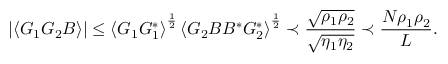
\left| \left\langle { G _ { 1 } G _ { 2 } B } \right\rangle \right| \le \left\langle { G _ { 1 } G _ { 1 } ^ { * } } \right\rangle ^ { \frac { 1 } { 2 } } \left\langle { G _ { 2 } B B ^ { * } G _ { 2 } ^ { * } } \right\rangle ^ { \frac { 1 } { 2 } } \prec \frac { \sqrt { \rho _ { 1 } \rho _ { 2 } } } { \sqrt { \eta _ { 1 } \eta _ { 2 } } } \prec \frac { N \rho _ { 1 } \rho _ { 2 } } { L } .